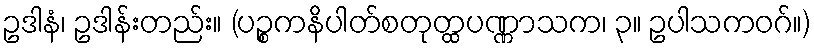
ဥဒါနံ၊ ဥဒါန်းတည်း။ (ပဉ္စကနိပါတ်စတုတ္ထပဏ္ဏာသက၊ ၃။ ဥပါသကဝဂ်။)